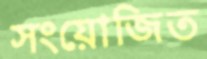
সংয়োজিত